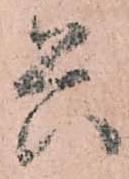
兵